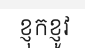
ខ្ញុកខ្ញូវ